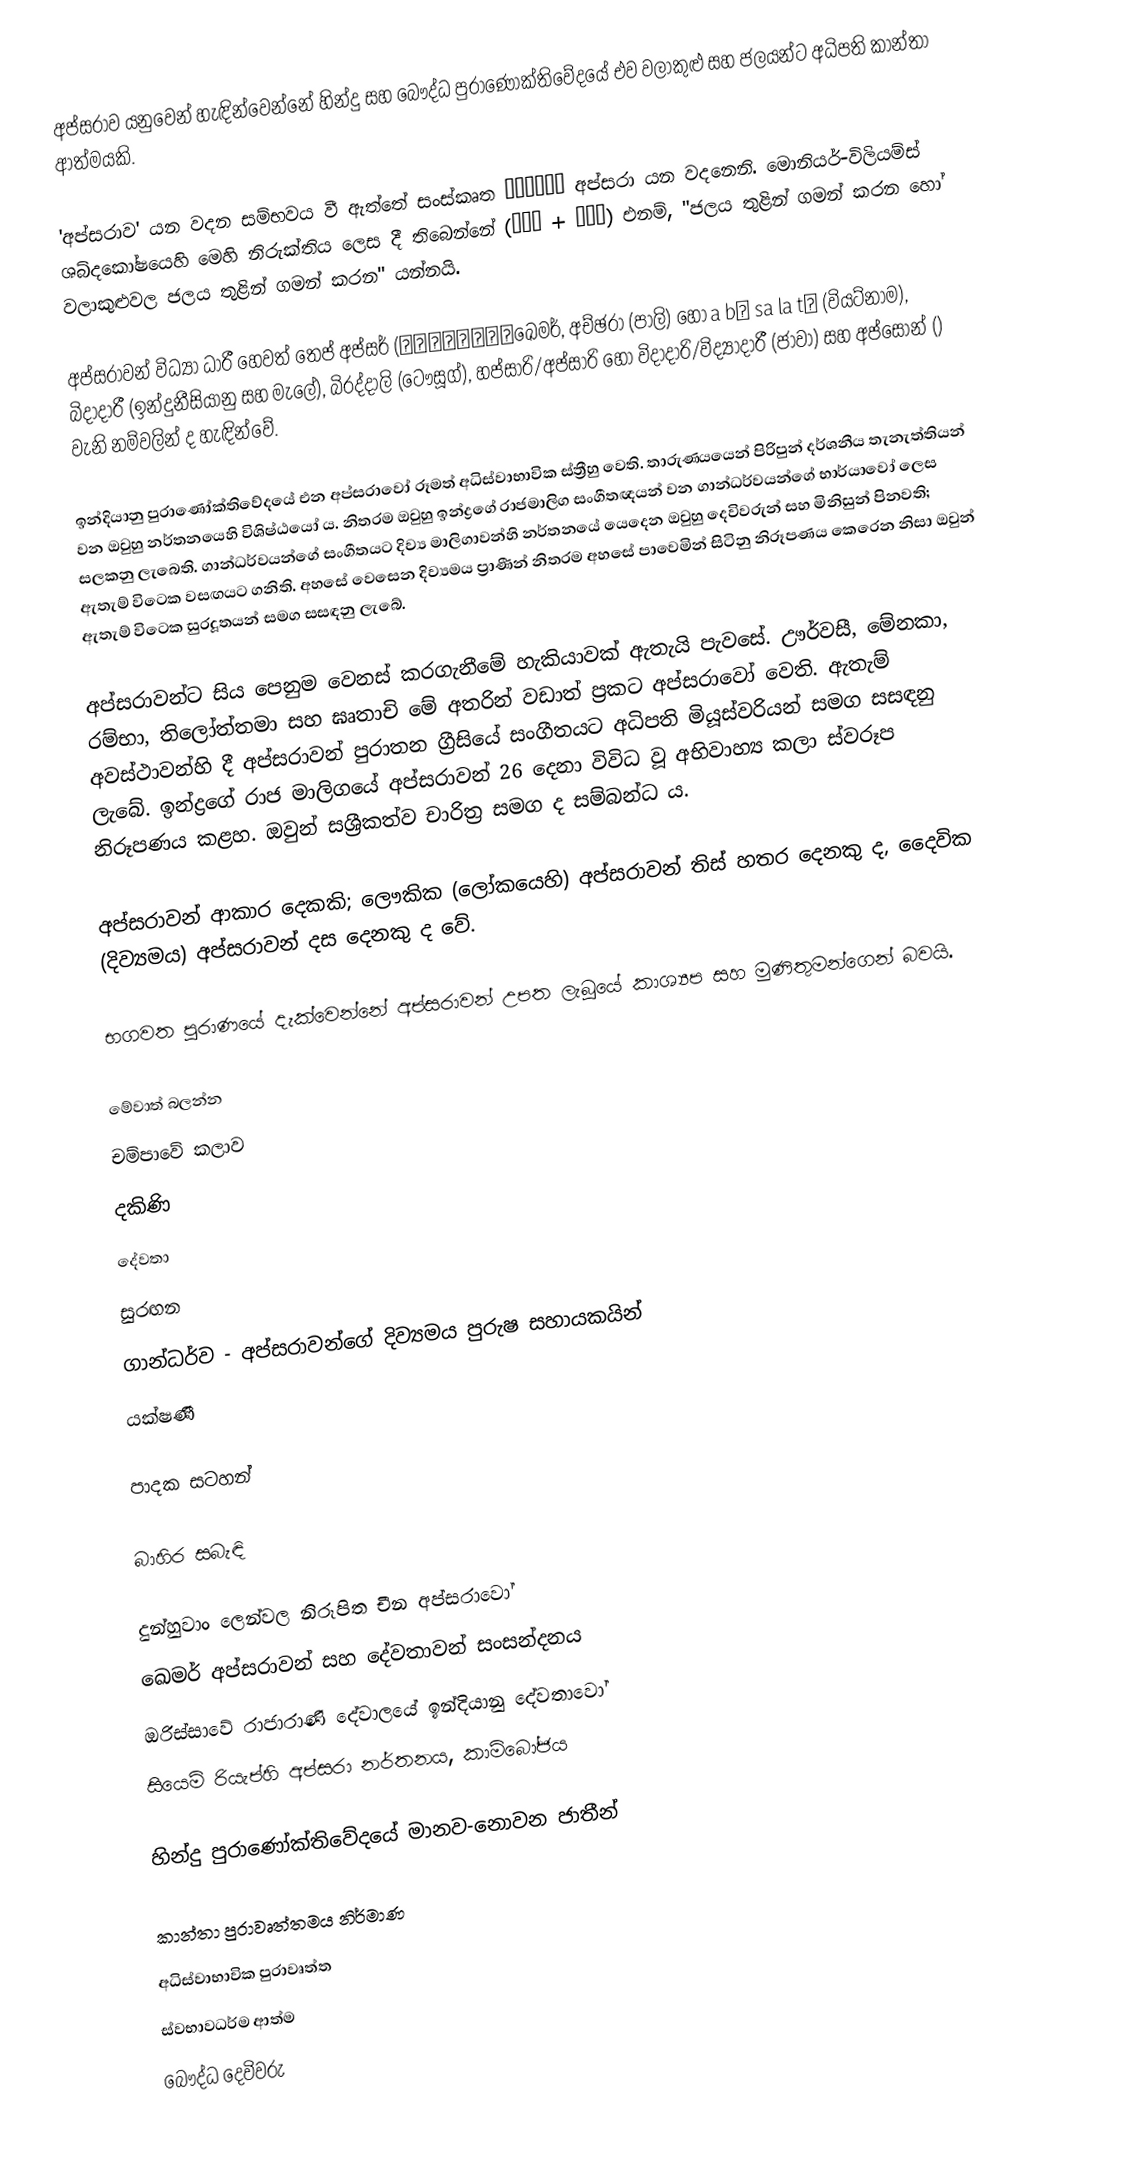
අප්සරාව යනුවෙන් හැඳින්වෙන්නේ හින්දු සහ බෞද්ධ පුරාණෝක්තිවේදයේ එව වලාකුළු සහ ජලයන්ට අධිපති කාන්තා ආත්මයකි.

'අප්සරාව' යන වදන සම්භවය වී ඇත්තේ සංස්කෘත अप्सरा අප්සරා යන වදනෙනි. මොනියර්-විලියම්ස් ශබ්දකෝෂයෙහි මෙහි නිරුක්තිය ලෙස දී තිබෙන්නේ (अप् + √सृ) එනම්, "ජලය තුළින් ගමන් කරන හෝ වලාකුළුවල ජලය තුළින් ගමන් කරන" යන්නයි.

අප්සරාවන් විධ්‍යා ධාරී හෙවත් තෙප් අප්සර් (ទេពអប្សរඛෙමර්, අච්ඡරා (පාලි) හෝ a bố sa la tư (වියට්නාම), බිදාදාරී (ඉන්දුනීසියානු සහ මැලේ), බිරද්දාලි (ටෞසූග්), හප්සාරි/අප්සාරි හෝ විදාදාරි/විද්‍යාදාරී (ජාවා) සහ අප්සොන් () වැනි නම්වලින් ද හැඳින්වේ.

ඉන්දියානු පුරාණෝක්තිවේදයේ එන අප්සරාවෝ රූමත් අධිස්වාභාවික ස්ත්‍රීහු වෙති. තාරුණ‍්‍යයෙන් පිරිපුන් දර්ශනීය තැනැත්තියන් වන ඔවුහු නර්තනයෙහි විශිෂ්ඨයෝ ය. නිතරම ඔවුහු ඉන්ද්‍රගේ රාජමාලිග සංගීතඥයන් වන ගාන්ධර්වයන්ගේ භාර්යාවෝ ලෙස සලකනු ලැබෙති. ගාන්ධර්වයන්ගේ සංගීතයට දිව්‍ය මාලිගාවන්හි නර්තනයේ යෙදෙන ඔවුහු දෙවිවරුන් සහ මිනිසුන් පිනවති; ඇතැම් විටෙක වසඟයට ගනිති. අහසේ වෙසෙන දිව්‍යමය ප්‍රාණීන් නිතරම අහසේ පාවෙමින් සිටිනු නිරූපණය කෙරෙන නිසා ඔවුන් ඇතැම් විටෙක සුරදූතයන් සමග සසඳනු ලැබේ.

අප්සරාවන්ට සිය පෙනුම වෙනස් කරගැනීමේ හැකියාවක් ඇතැයි පැවසේ. ඌර්වසී, මේනකා, රම්භා, තිලෝත්තමා සහ ඝෘතාචි මේ අතරින් වඩාත් ප්‍රකට අප්සරාවෝ වෙති. ඇතැම් අවස්ථාවන්හි දී අප්සරාවන් පුරාතන ග්‍රීසියේ සංගීතයට අධිපති මියූස්වරියන් සමග සසඳනු ලැබේ. ඉන්ද්‍රගේ රාජ මාලිගයේ අප්සරාවන් 26 දෙනා විවිධ වූ අභිවාහ්‍ය කලා ස්වරූප නිරූපණය කළහ. ඔවුන් සශ්‍රීකත්ව චාරිත්‍ර සමග ද සම්බන්ධ ය.

අප්සරාවන් ආකාර දෙකකි; ලෞකික (ලෝකයෙහි) අප්සරාවන් තිස් හතර දෙනකු ද, දෛවික (දිව්‍යමය) අප්සරාවන් දස දෙනකු ද වේ.

භගවත පුරාණයේ දැක්වෙන්නේ අප්සරාවන් උපත ලැබූයේ කාශ්‍යප සහ මුණිතුමන්ගෙන් බවයි.

මේවාත් බලන්න
 චම්පාවේ කලාව
 දකිණි
 දේවතා
 සුරඟන
 ගාන්ධර්ව - අප්සරාවන්ගේ දිව්‍යමය පුරුෂ සහායකයින්
 යක්ෂණී

පාදක සටහන්

බාහිර සබැඳි

 දුන්හුවාං ලෙන්වල නිරූපිත චීන අප්සරාවෝ
 ඛෙමර් අප්සරාවන් සහ දේවතාවන් සංසන්දනය
 ඔරිස්සාවේ රාජාරාණි දේවාලයේ ඉන්දියානු දේවතාවෝ
 සියෙම් රියැප්හි අප්සරා නර්තනය, කාම්බෝජය

හින්දු පුරාණෝක්තිවේදයේ මානව-නොවන ජාතීන්

කාන්තා පුරාවෘත්තමය නිර්මාණ
අධිස්වාභාවික පුරාවෘත්ත
ස්වභාවධර්ම ආත්ම
බෞද්ධ දෙවිවරු